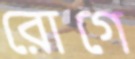
রোগে